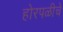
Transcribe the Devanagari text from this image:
होरपळीचे